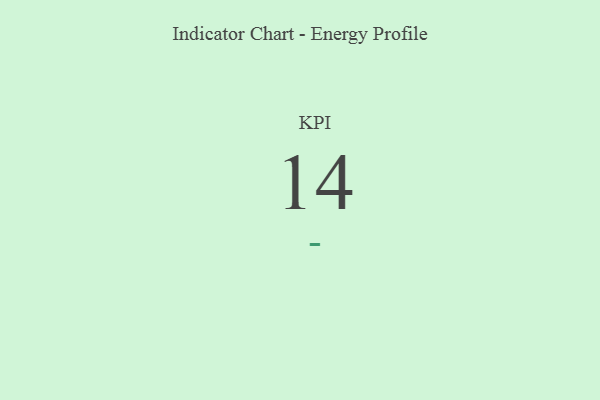
{"axis": {"x": "KPI", "y": "Value"}, "legend": [""], "data": [{"x": "KPI", "y": 14, "type": ""}]}